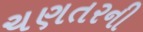
ચણતરની